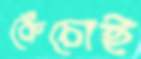
কেঁচোই